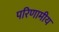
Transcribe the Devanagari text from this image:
परिणामीय